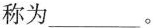
称为___。